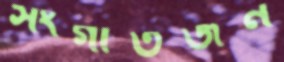
সংগীতজন